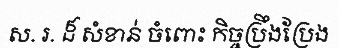
ស. រ. ដ៏ សំខាន់ ចំពោះ កិច្ចប្រឹងប្រែង